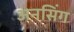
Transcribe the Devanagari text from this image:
अनसिंग